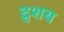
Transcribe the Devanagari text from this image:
द्र्शय